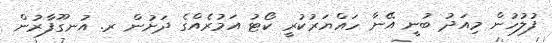
ފުލުހުން މިއަދު ބުނީ އޭނާ ހައްޔަރުކުރީ ކޯޓު އަމުރެއްގެ ދަށުން ރ. އުނގޫފާރުން